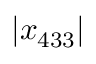
\left| x _ { 4 3 3 } \right|